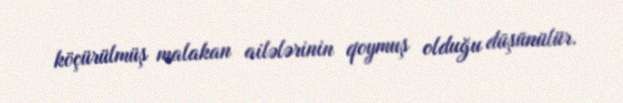
köçürülmüş malakan ailələrinin qoymuş olduğu düşünülür.